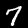
Label: 7